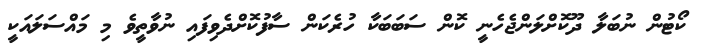
ކޯޓުން ނުބަލާ ދޫކޮށްލަންޖެހެނީ ކޮން ސަބަބަކާ ހުރެކަން ސާފުކޮށްދެވިފައި ނުވާތީވެ މި މައްސަލައަކީ